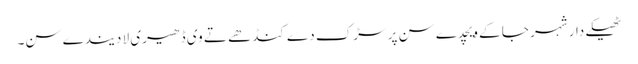
ٹھیکے دار شہر جا کے ویچدے سن پر سڑک دے کنڈھے تے وی ڈھیری لا دیندے سن۔